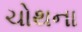
ચોથના